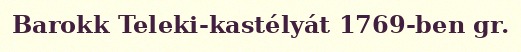
Barokk Teleki-kastélyát 1769-ben gr.